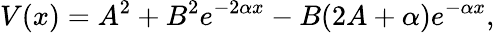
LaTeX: V(x)=A^{2}+B^{2}e^{-2\alpha x}-B(2A+\alpha)e^{-\alpha x},